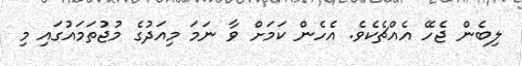
ލިބެން ޖެހޭ އެއްޗެކެވެ. އެހެން ކަމަށް ވާ ނަމަ މިއަދުގެ މުޖުތަމައުގައި މި